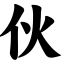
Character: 伙